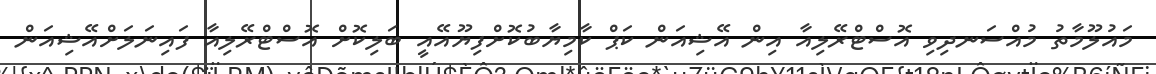
މައުލޫމާތު މުއްސަނދިވި އޮސްޓްރޭލިއާ އިން އޭޝިއަން ކަޕް ކާމިޔާބުކޮށްފިޔޫއޭއީ ބަލިކޮށް އޮސްޓްރޭލިއާ ފައިނަލަށްއޭޝިއަން